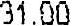
31.00